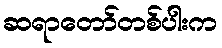
ဆရာတော်တစ်ပါးက